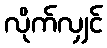
လိုက်လျှင်